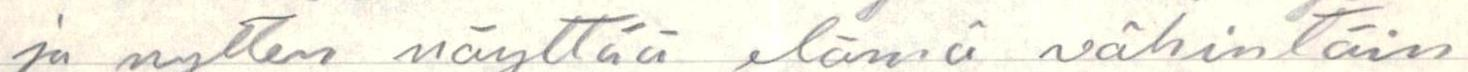
ja nytten näyttää elämä vähintäin